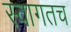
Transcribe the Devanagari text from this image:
स्‍वागतच